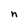
Character: n